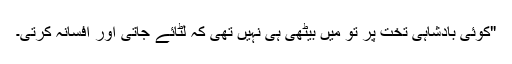
"کوئی بادشاہی تخت پر تو میں بیٹھی ہی نہیں تھی کہ لٹائے جاتی اور افسانہ کرتی۔